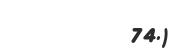
74.)